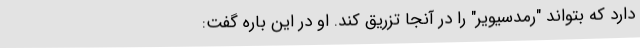
دارد که بتواند "رمدسیویر" را در آنجا تزریق کند. او در این باره گفت: